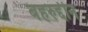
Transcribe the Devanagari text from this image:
बहरुद्दीन